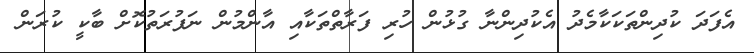
އެފަދަ ކުދިންތަކަކާމެދު އެކުދިންނާ ގުޅުން ހުރި ފަރާތްތަކާއި އާންމުން ނަފުރަތުކޮށް ބާކީ ކުރަން